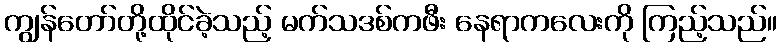
ကျွန်တော်တို့ထိုင်ခဲ့သည့် မက်သဒစ်ကဖီး နေရာကလေးကို ကြည့်သည်။